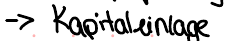
-> Kapitaleinlage